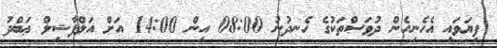
ފިޔަވައި އެހެނިހެން ދުވަސްތަކުގެ ހެނދުނު 08:00 އިން 14:00 އަށް އަލްފާޟިލް ޢަބްދު